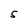
Character: S